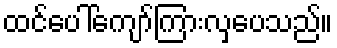
ထင်ပေါ်ကျော်ကြားလှပေသည်။